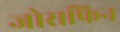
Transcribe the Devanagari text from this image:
जोसफिन